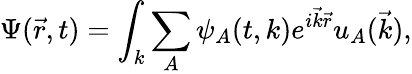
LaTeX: \Psi(\vec{r},t)=\int_{k}\sum_{A}\psi_{A}(t,k)e^{i{\vec{k}}{\vec{r}}}u_{A}(\vec{k}),